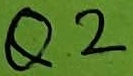
Text: Q2